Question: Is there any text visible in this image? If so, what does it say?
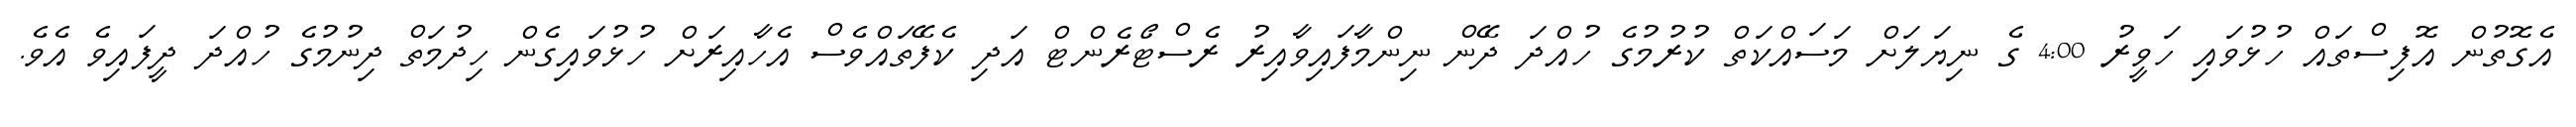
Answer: އެގޮތުން އޮފިސްތައް ހުޅުވައި ހަވީރު 4:00 ގެ ނިޔަލަށް މަސައްކަތް ކުރުމުގެ ހުއްދަ ދޭން ނިންމާފައިވާއިރު ރެސްޓޯރެންޓް އަދި ކެފޭތައްވެސް އެހާއިރަށް ހުޅުވައިގެން ހިދުމަތް ދިނުމުގެ ހުއްދަ ދީފައިވެ އެވެ.